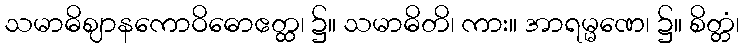
သမာဓိဈာနကောဝိဓောဧတ္ထ၊ ၌။ သမာဓိတိ၊ ကား။ အာရမ္မဏေ၊ ၌။ စိတ္တံ၊